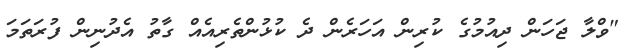
"ވްލާ ޖަހަން ދިއުމުގެ ކުރިން އަހަރެން ދެ ކުޅުންތެރިއެއް ގާތު އެދުނިން ފުރަތަމަ